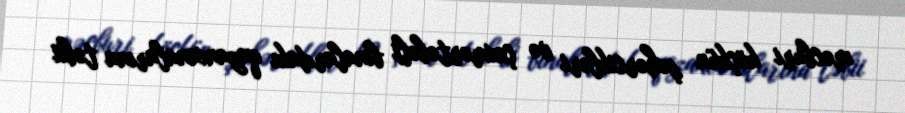
məcburi köçkün şəhərcikləri və çoxmərtəbəli binalardakı qazanxanalarına təbii